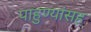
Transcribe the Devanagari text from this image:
पाहुण्यांसह